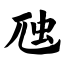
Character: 虺